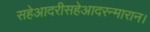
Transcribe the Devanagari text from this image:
सहेआदरीसहेआदरन्मारान।